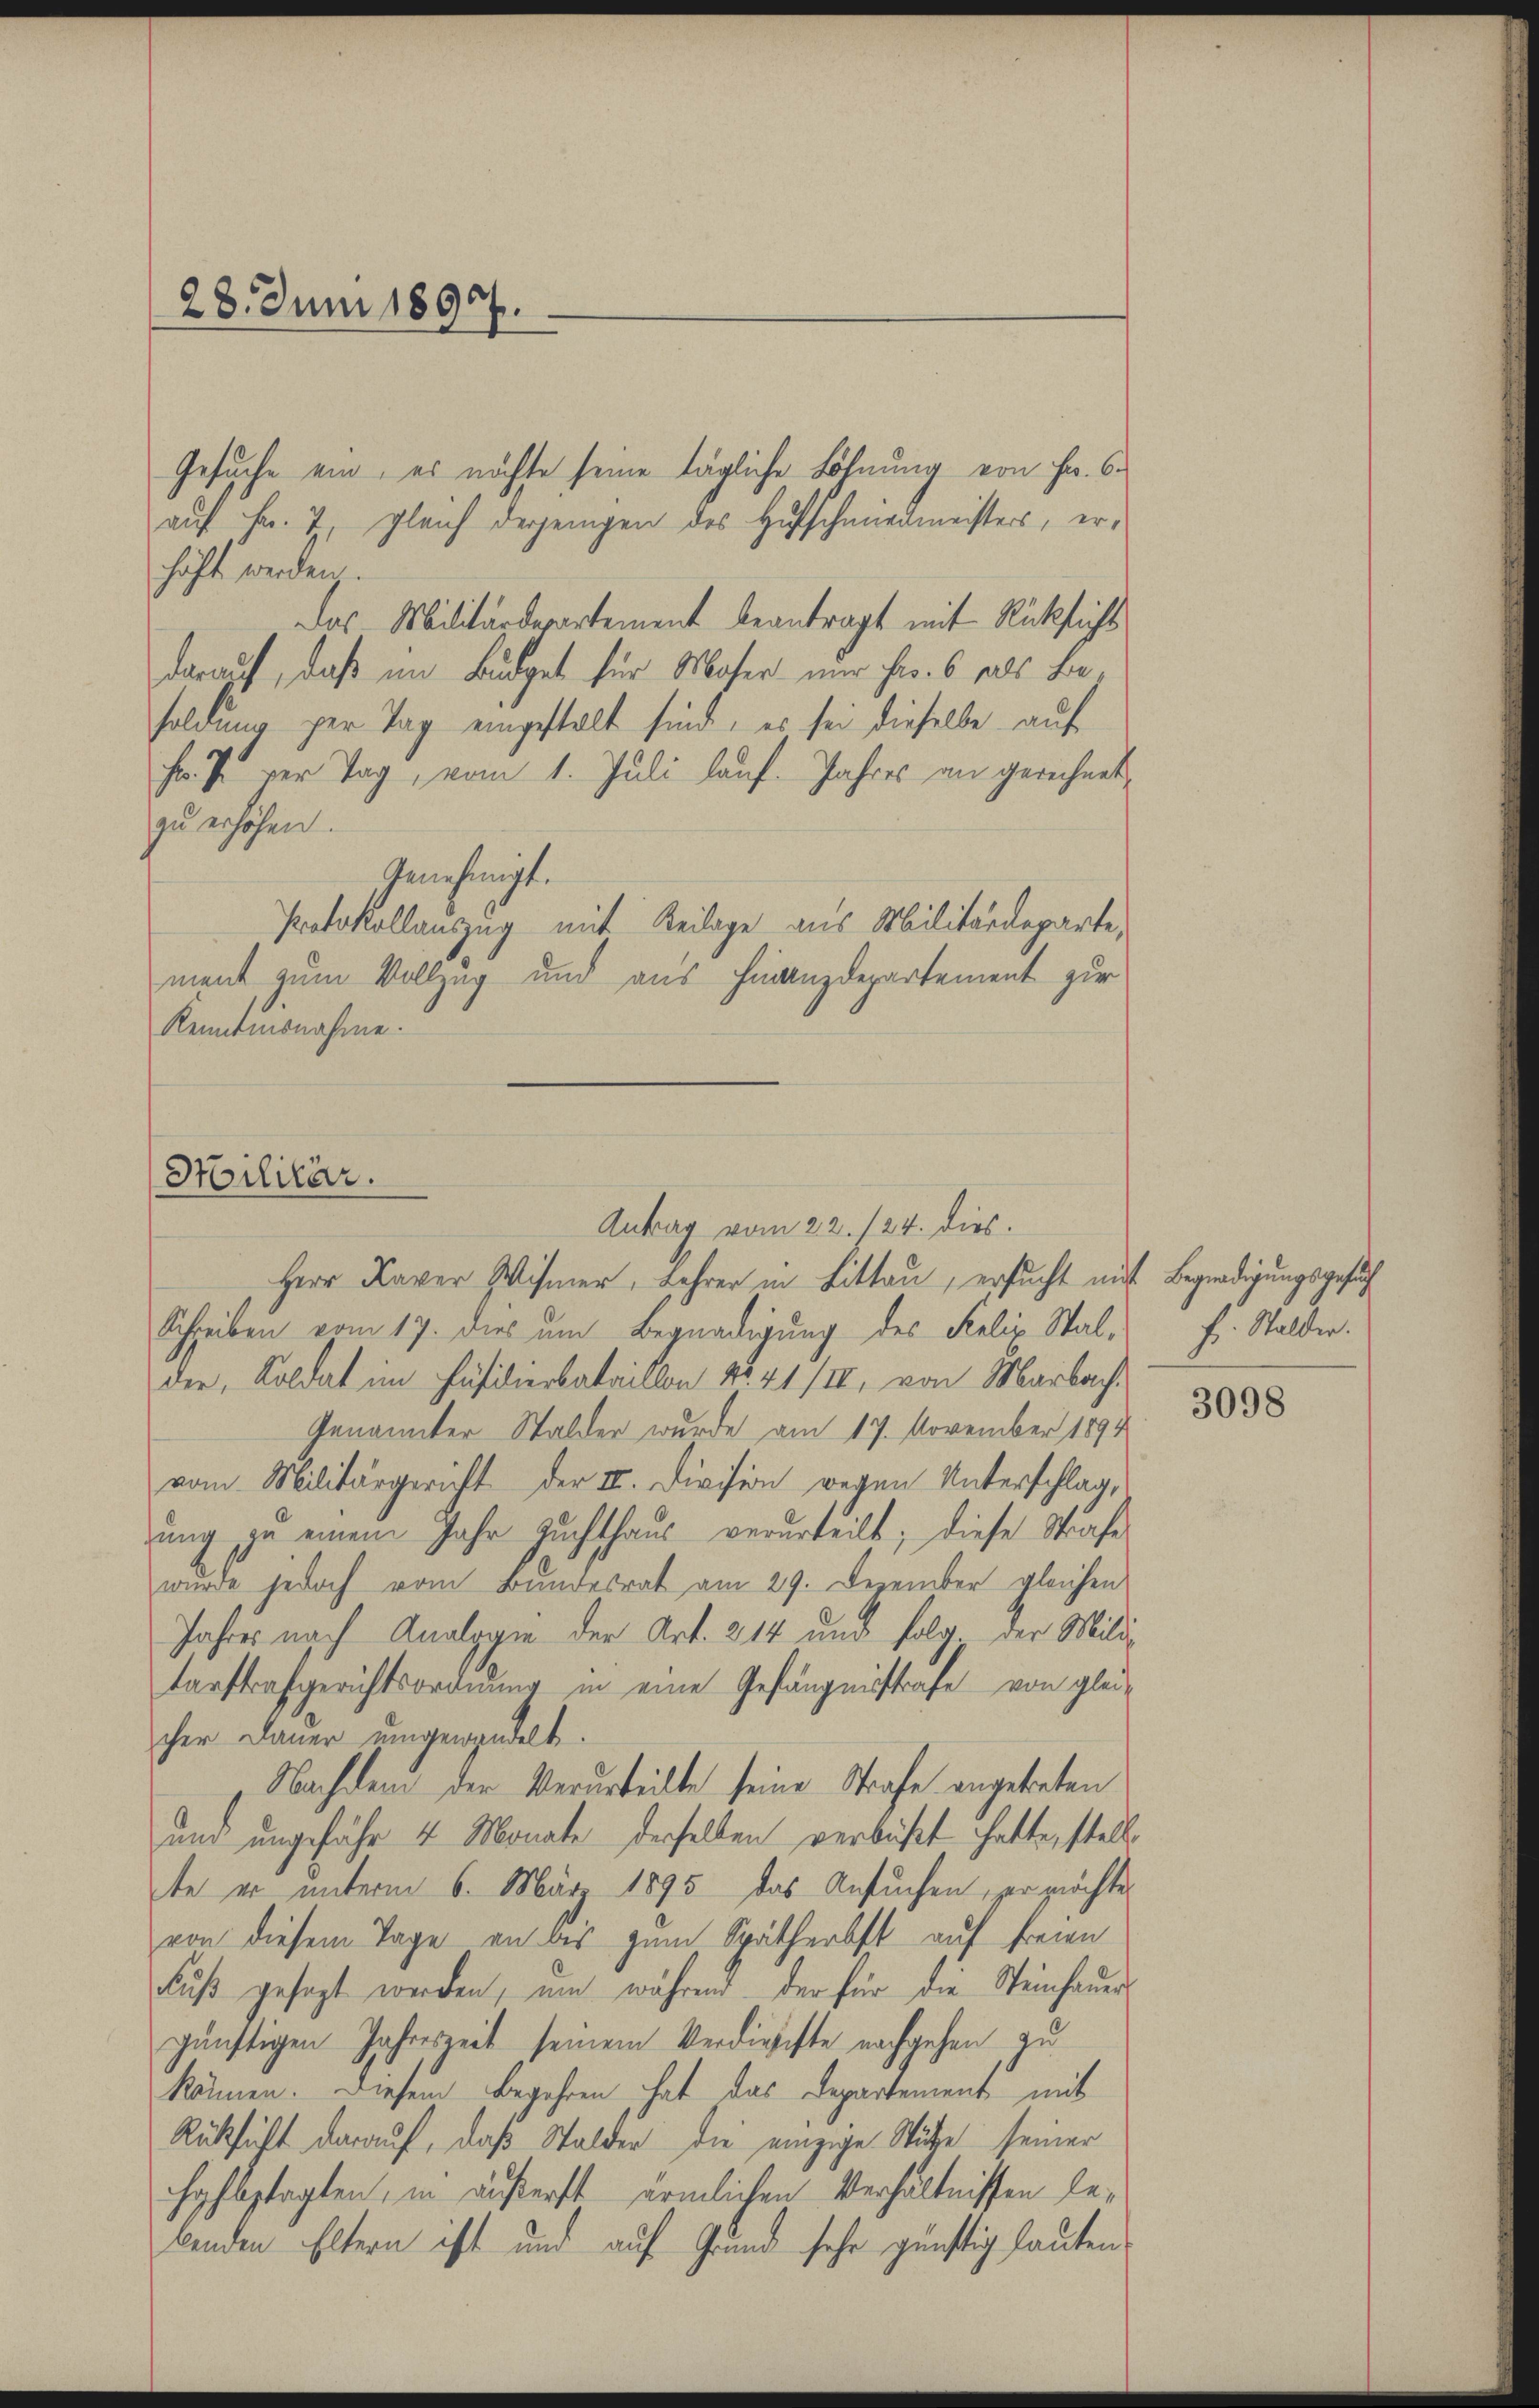
28. Juni 1897.

Gesuche ein, es möchte seine tägliche Löhnung von Fr. 6.
auf Fr. 7, gleich derjenigen des Hufschmiedmeisters, erhöht werden.
Das Militärdepartement beantragt mit Rücksicht
darauf, daß im Budget für Moser nur her. 6 als be
soldung zur Tag eingestalt sind, es sei dieselbe auf
Fr. T. vor Tag, vom 1. Juli laŭf. Jahres an gerichnet,
zu erhöhen.
Genehmigt.
Protokollauszug mit Beilage aus Militärdeparte
ment zum Vollzug und aus Finanzdepartement zur
Kenntnisnahme.

Militär.
Antrag vom 22. 124. dies

Herr Kaver Wismer, Lehrer in Littau, ersucht mit Begnadigungsgesuch
Schreiben vom 17. dies um Begnadigung des Felix Stal-
der, Koldat im Fäsidierbataillon No. 41/II, von Marbach.
Genannter Walder wurde am 17. November 1894
vom Militärgericht der III. Division wegen Unterschlag,
dŭng zu einem Jahr auchthaŭs verurteilt; diese Strafe
wurde jedoch vom Bundesrat am 29. Dezember gleichen
Jahres nach Analogie der Art. 214 und folg. Der Militarstrafgerichtsordnung in eine Gefängnistrafe von glei-
cher Dauer umgewandelt.
Nachdem der Verurteilte seine Strafe angetreten
und ungefähr 4 Monate derselben verbüßt hatte, stell
te er unterm 6. März 1895 das Ansuchen, zur möchte
von diesem Tage an des zum Spätherbst auf freien
Fuß gesagt werden, um während der für die Steinhauers
günstigen Jahreszeit seinem Verdienste nachgehen zu
können. Diesem Begehren hat das Departement mit
Rücksicht darauf, daß Stalder die einzige Stütze seiner
hahbplagten, in äußerst ärmlichen Verhältnissen lebenden Eltern ist und auf Grund sehr günstig lauten.

f. Stalder.

3098